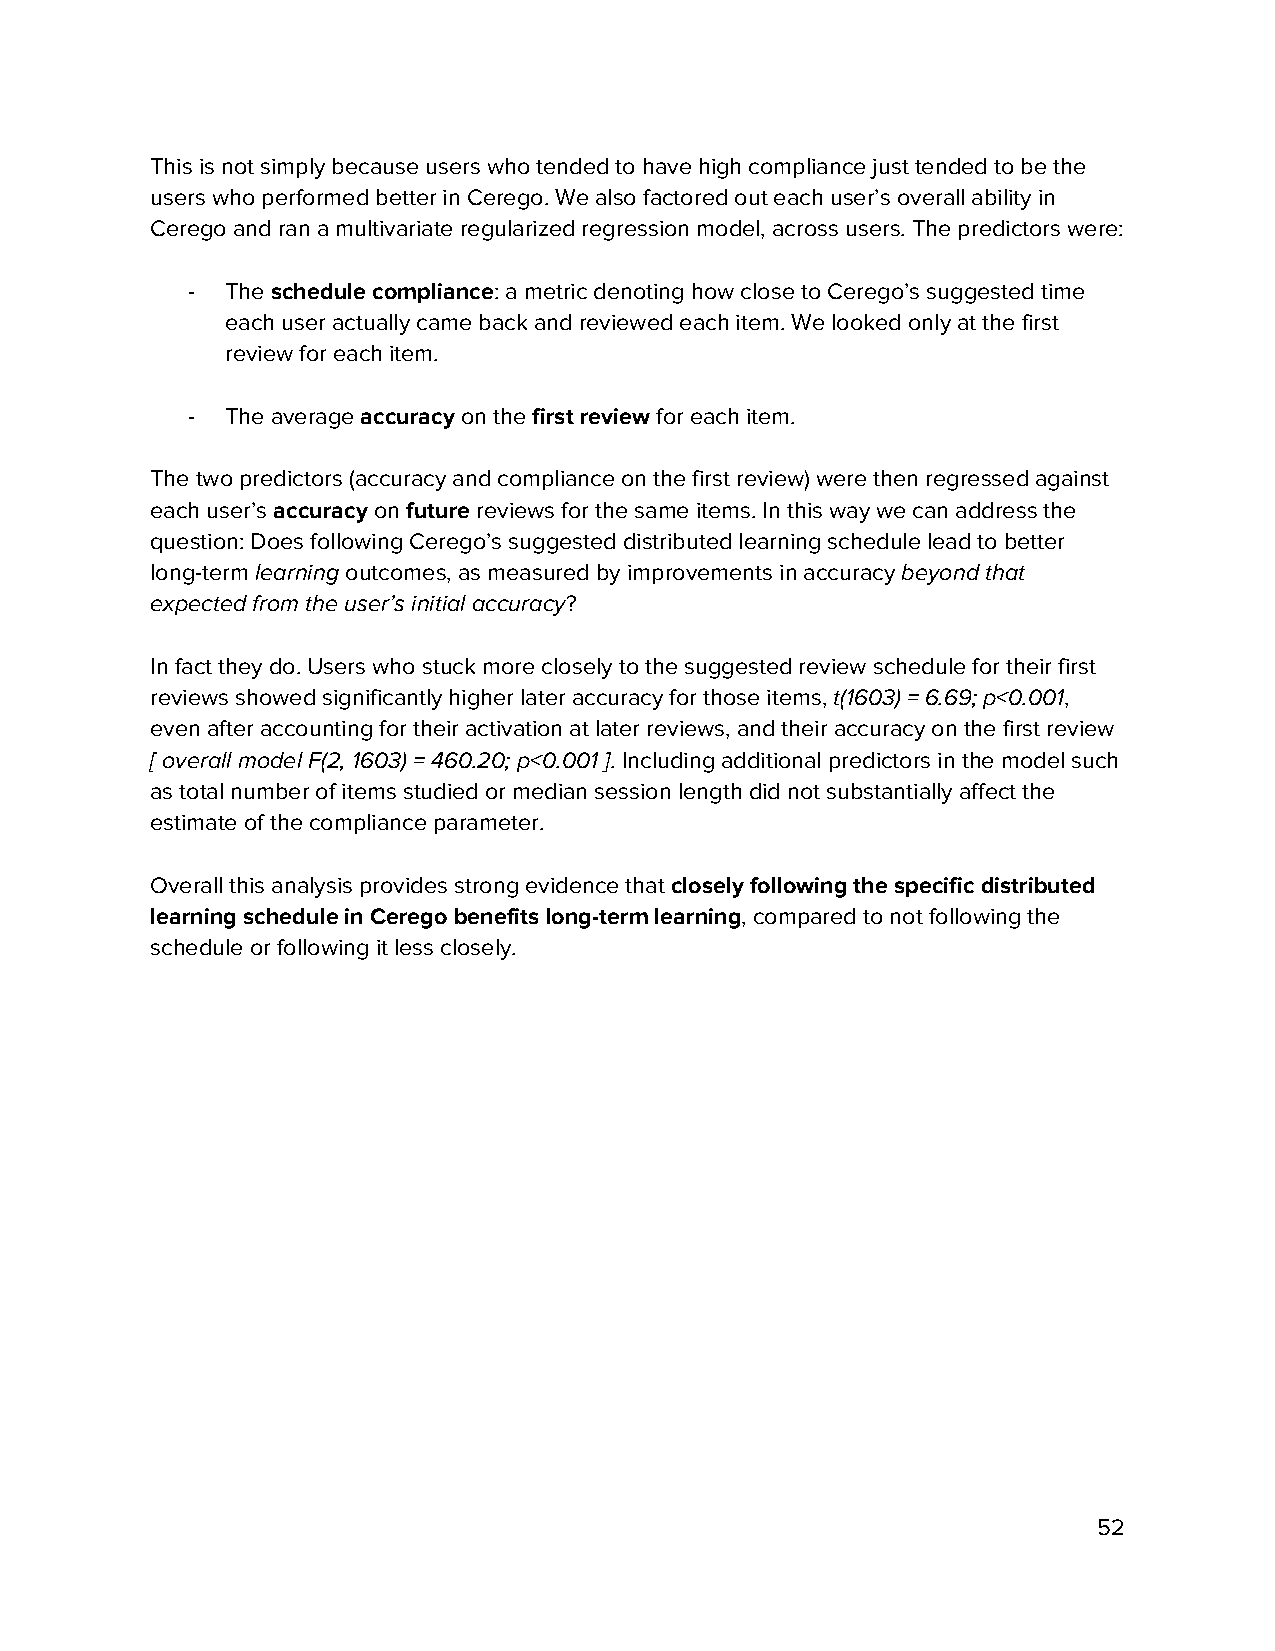
This is not simply because users who tended to have high compliance just tended to be the
 users who performed better in Cerego. We also factored out each user’s overall ability in
 Cerego and ran a multivariate regularized regression model, across users. The predictors were:
 -  The schedule compliance: a metric denoting how close to Cerego’s suggested time
 ​     ​​       ​
 each user actually came back and reviewed each item. We looked only at the first
 review for each item.
 -  The average accuracy on the first review for each item.
 ​     ​    ​       ​
 The two predictors (accuracy and compliance on the first review) were then regressed against
 each user’s accuracy on future reviews for the same items. In this way we can address the
 ​     ​  ​   ​​
 question: Does following Cerego’s suggested distributed learning schedule lead to better
 long-term learning outcomes, as measured by improvements in accuracy beyond that
 ​    ​                                     ​
 expected from the user’s initial accuracy?
 ​
 In fact they do. Users who stuck more closely to the suggested review schedule for their first
 reviews showed significantly higher later accuracy for those items, t(1603) = 6.69; p<0.001,
 ​              ​
 even after accounting for their activation at later reviews, and their accuracy on the first review
 [ overall model F(2, 1603) = 460.20; p<0.001 ]. Including additional predictors in the model such
 ​
 as total number of items studied or median session length did not substantially affect the
 estimate of the compliance parameter.
 Overall this analysis provides strong evidence that closely following the specific distributed
 ​
 learning schedule in Cerego benefits long-term learning, compared to not following the
 ​
 schedule or following it less closely.
 52